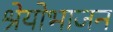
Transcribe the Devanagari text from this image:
श्रेयोभाजन